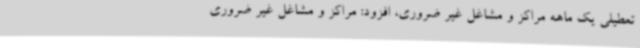
تعطیلی یک ماهه مراکز و مشاغل غیر ضروری، افزود: مراکز و مشاغل غیر ضروری